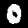
Digit: 0